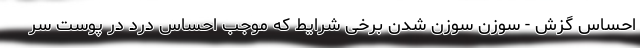
احساس گزش - سوزن سوزن شدن برخی شرایط که موجب احساس درد در پوست سر